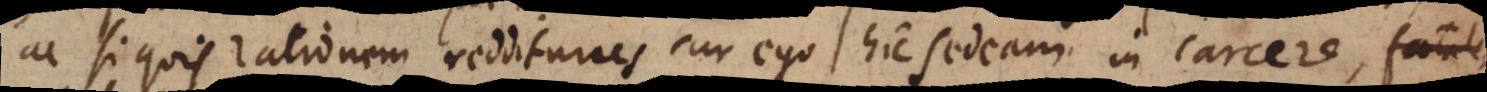
ac si quis rationem redditurus cur ego hic sedeam in carcere,